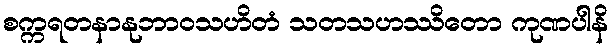
စက္ကရတနာနုဘာဝသဟိတံ သတသဟဿိတော ကုဏပါနိ